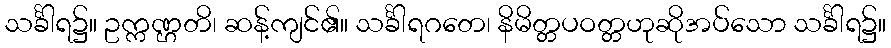
သင်္ခါရ၌။ ဥက္ကဏ္ဌတိ၊ ဆန့်ကျင်၏။ သင်္ခါရဂတေ၊ နိမိတ္တပဝတ္တဟုဆိုအပ်သော သင်္ခါရ၌။